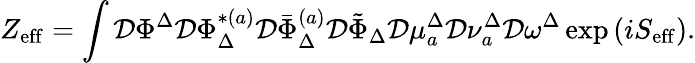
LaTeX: Z_{\mathrm{eff}}=\int\mathcal{D}\Phi^{\Delta}\mathcal{D}\Phi_{\Delta}^{*(a)}\mathcal{D}\bar{\Phi}_{\Delta}^{(a)}\mathcal{D}\tilde{\Phi}_{\Delta}\mathcal{D}\mu_{a}^{\Delta}\mathcal{D}\nu_{a}^{\Delta}\mathcal{D}\omega^{\Delta}\exp\left(iS_{\mathrm{eff}}\right).